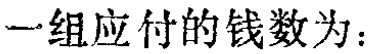
一组应付的钱数为：